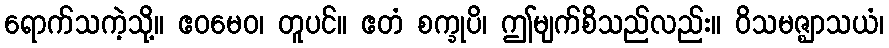
ရောက်သကဲ့သို့။ ဧဝမေဝ၊ တူပင်။ ဧတံ စက္ခုပိ၊ ဤမျက်စိသည်လည်း။ ဝိသမဇ္ဈာသယံ၊